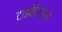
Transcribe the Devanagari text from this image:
टाइबेरिअस